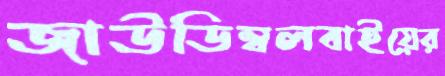
জাউডিম্বলবাইয়ের